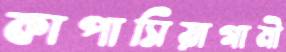
কাপাসিয়াগামী